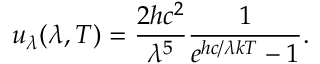
u _ { \lambda } ( \lambda , T ) = { \frac { 2 h c ^ { 2 } } { \lambda ^ { 5 } } } { \frac { 1 } { e ^ { h c / \lambda k T } - 1 } } .